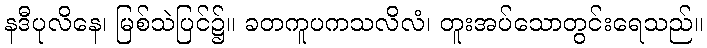
နဒီပုလိနေ၊ မြစ်သဲပြင်၌။ ခတကူပကသလိလံ၊ တူးအပ်သောတွင်းရေသည်။